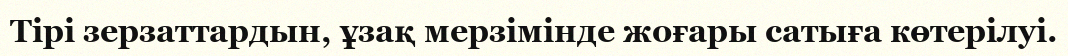
Тірі зерзаттардын, ұзақ мерзімінде жоғары сатыға көтерілуі.